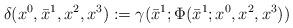
LaTeX: \begin{align*} \delta(x^0,\bar x^1,x^2,x^3) := \gamma(\bar x^1;\Phi(\bar x^1;x^0,x^2,x^3)) \end{align*}